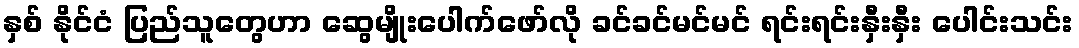
နှစ် နိုင်ငံ ပြည်သူတွေဟာ ဆွေမျိုးပေါက်ဖော်လို ခင်ခင်မင်မင် ရင်းရင်းနှီးနှီး ပေါင်းသင်း